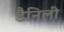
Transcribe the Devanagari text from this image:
डैनिली